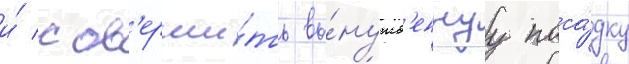
и́ сов'ерши́ть вы́нужд'еннуу поса́дку